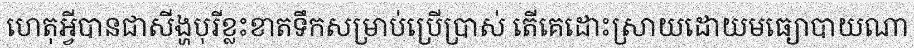
ហេតុអ្វីបានជាសីង្ហបុរីខ្លះខាតទឹកសម្រាប់ប្រើប្រាស់ តើគេដោះស្រាយដោយមធ្យោបាយណា